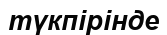
түкпірінде